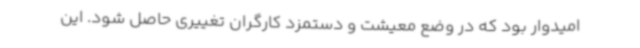
امیدوار بود که در وضع معیشت و دستمزد کارگران تغییری حاصل شود. این